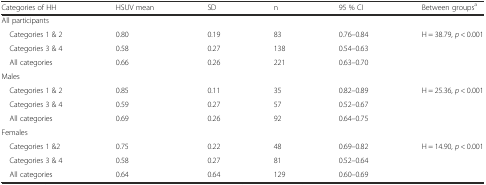
<table><thead><tr><td><b>Categories of HH</b></td><td><b>HSUV mean</b></td><td><b>SD</b></td><td><b>n</b></td><td><b>95 % CI</b></td><td><b>Between groups<sup>a</sup></b></td></tr></thead><tbody><tr><td colspan="6">All participants</td></tr><tr><td> Categories 1 &amp; 2</td><td>0.80</td><td>0.19</td><td>83</td><td>0.76–0.84</td><td rowspan="3">H = 38.79, <i>p</i> &lt; 0.001</td></tr><tr><td> Categories 3 &amp; 4</td><td>0.58</td><td>0.27</td><td>138</td><td>0.54–0.63</td></tr><tr><td> All categories</td><td>0.66</td><td>0.26</td><td>221</td><td>0.63–0.70</td></tr><tr><td colspan="6">Males</td></tr><tr><td> Categories 1 &amp; 2</td><td>0.85</td><td>0.11</td><td>35</td><td>0.82–0.89</td><td rowspan="3">H = 25.36, <i>p</i> &lt; 0.001</td></tr><tr><td> Categories 3 &amp; 4</td><td>0.59</td><td>0.27</td><td>57</td><td>0.52–0.67</td></tr><tr><td> All categories</td><td>0.69</td><td>0.26</td><td>92</td><td>0.64–0.75</td></tr><tr><td colspan="5">Females</td><td></td></tr><tr><td> Categories 1 &amp;2</td><td>0.75</td><td>0.22</td><td>48</td><td>0.69–0.82</td><td rowspan="3">H = 14.90, <i>p</i> &lt; 0.001</td></tr><tr><td> Categories 3 &amp; 4</td><td>0.58</td><td>0.27</td><td>81</td><td>0.52–0.64</td></tr><tr><td> All categories</td><td>0.64</td><td>0.64</td><td>129</td><td>0.60–0.69</td></tr></tbody></table>